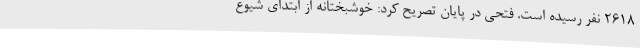
2618 نفر رسیده است. فتحی در پایان تصریح کرد: خوشبختانه از ابتدای شیوع